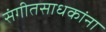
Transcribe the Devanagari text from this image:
संगीतसाधकांना